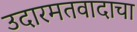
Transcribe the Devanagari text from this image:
उदारमतवादाचा